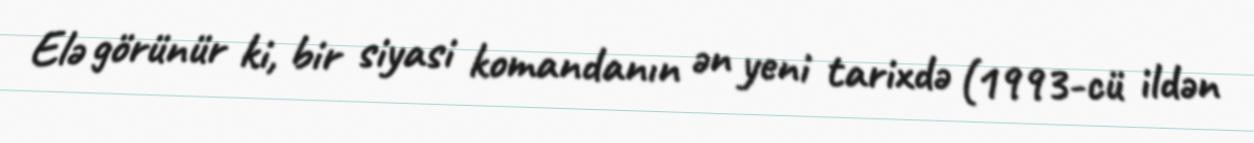
Elə görünür ki, bir siyasi komandanın ən yeni tarixdə (1993-cü ildən